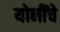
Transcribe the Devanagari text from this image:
योनींचे